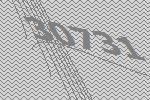
30731